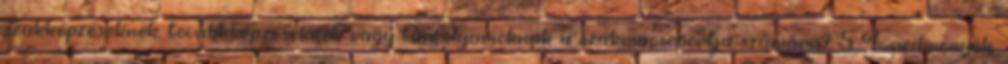
szakképzéseknek, továbbképzéseknek vagy tanfolyamoknak a szakmacsoportja számára? 5 Eredmények: